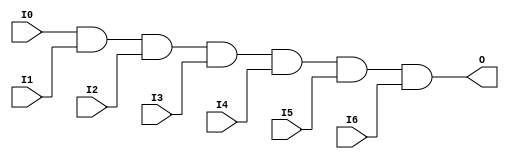

/*

FUNCTION	: 7-INPUT AND GATE

*/

`timescale  100 ps / 10 ps

`celldefine

module AND7 (O, I0, I1, I2, I3, I4, I5, I6);


    output O;

    input  I0, I1, I2, I3, I4, I5, I6;

    and A1 (O, I0, I1, I2, I3, I4, I5, I6);

    specify
	(I0 *> O) = (0, 0);
	(I1 *> O) = (0, 0);
	(I2 *> O) = (0, 0);
	(I3 *> O) = (0, 0);
	(I4 *> O) = (0, 0);
	(I5 *> O) = (0, 0);
	(I6 *> O) = (0, 0);
    endspecify

endmodule

`endcelldefine